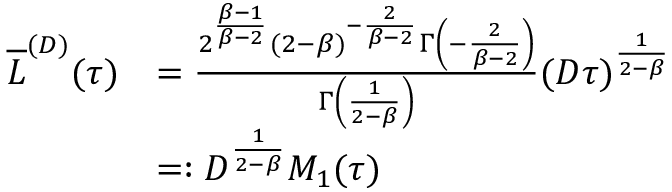
\begin{array} { r l } { \overline { { L } } ^ { ( D ) } ( \tau ) } & { = \frac { 2 ^ { \frac { \beta - 1 } { \beta - 2 } } ( 2 - \beta ) ^ { - \frac { 2 } { \beta - 2 } } \Gamma \left( - \frac { 2 } { \beta - 2 } \right) } { \Gamma \left( \frac { 1 } { 2 - \beta } \right) } ( D \tau ) ^ { \frac { 1 } { 2 - \beta } } } \\ & { = : D ^ { \frac { 1 } { 2 - \beta } } M _ { 1 } ( \tau ) } \end{array}